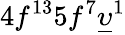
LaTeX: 4f^{13}5f^{7}\underline{{\upsilon}}^{1}